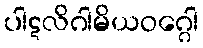
ပါဋလိဂါမိယဝဂ္ဂေါ